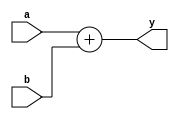
module cmos_demo(input a, b, output [1:0] y);
assign y = a + b;
endmodule